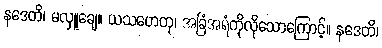
နဒေတိ၊ မလှူချေ။ ယသဟေတု၊ အခြံအရံကိုလိုသောကြောင့်။ နဒေတိ၊